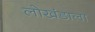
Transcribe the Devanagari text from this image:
लोखंडाला